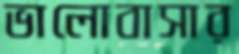
ভালোবাসার